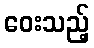
ဝေးသည့်